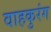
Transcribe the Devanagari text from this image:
वाहकुरंग